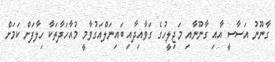
ގާނޫނު އަސާސީ އާއި ގާނޫނާއި މަޖިލީހުގެ ގަވާއިދާއި ބައިނަލްއަގުވާމީ މުއާހަދާތަކާ ހިލާފަށް ކަމަށް